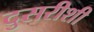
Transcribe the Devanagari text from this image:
दुसरीशी